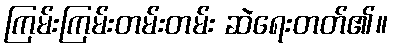
ကြမ်းကြမ်းတမ်းတမ်း ဆဲရေးတတ်၏။